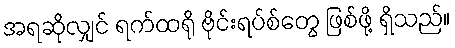
အရဆိုလျှင် ရက်ထရို ဗိုင်းရပ်စ်တွေ ဖြစ်ဖို့ ရှိသည်။